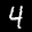
Digit: 4